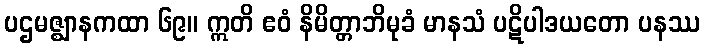
ပဌမဇ္ဈာနကထာ ၆၉။ ဣတိ ဧဝံ နိမိတ္တာဘိမုခံ မာနသံ ပဋိပါဒယတော ပနဿ